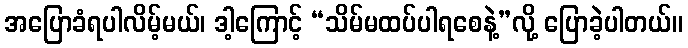
အပြောခံရပါလိမ့်မယ်၊ ဒါ့ကြောင့် “သိမ်မထပ်ပါရစေနဲ့”လို့ ပြောခဲ့ပါတယ်။